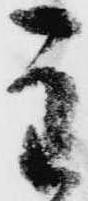
主